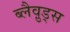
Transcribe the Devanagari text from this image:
ब्लैव़ुड्स